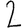
Digit: 2